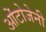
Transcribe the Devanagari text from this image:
ओंटोजेनी